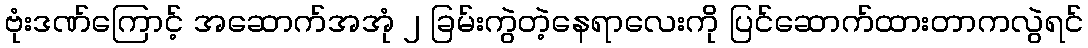
ဗုံးဒဏ်ကြောင့် အဆောက်အအုံ ၂ ခြမ်းကွဲတဲ့နေရာလေးကို ပြင်ဆောက်ထားတာကလွဲရင်